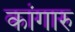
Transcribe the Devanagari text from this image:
कांगारु